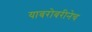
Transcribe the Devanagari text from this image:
याबरोबरीनेच